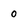
Character: 0